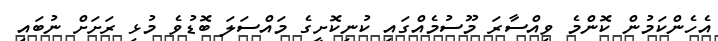
އެހެންކަމުން ކޮންމެ ވިއްސާރަ މޫސުމެއްގައި ކުނިކޮށީގެ މައްސަލަ ބޮޑުވެ މުޅި ރަށަށް ނުބައި